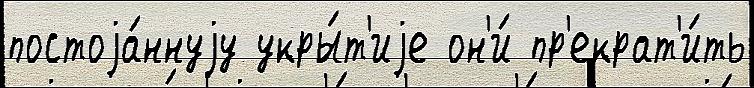
постоjа́ннуjу укры́т'иjе он'и́ пр'екрат'и́ть